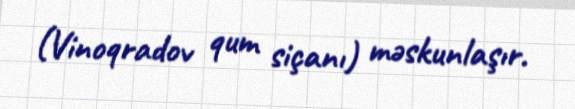
(Vinoqradov qum siçanı) məskunlaşır.